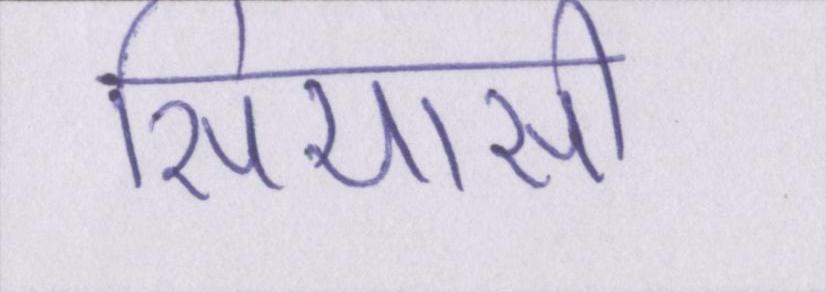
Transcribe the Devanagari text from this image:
सियासी